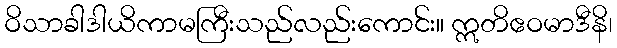
ဝိသာခါဒါယိကာမကြီးသည်လည်းကောင်း။ ဣတိဧဝမာဒီနိ၊